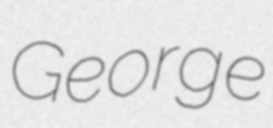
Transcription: George